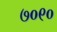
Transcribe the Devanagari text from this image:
७०९०